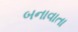
બનાવાતા